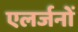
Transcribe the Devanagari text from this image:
एलर्जनों